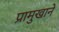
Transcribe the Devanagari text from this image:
प्रामुखाने